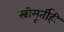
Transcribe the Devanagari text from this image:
स्त्रीमूर्तीही